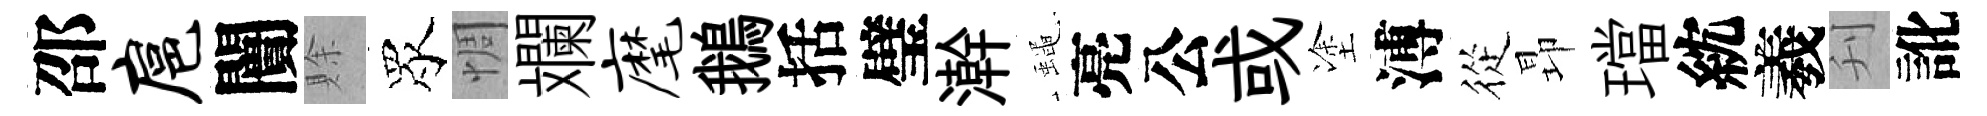
邵扈闠賖眾惆斕麾鵝括璧澣蠅亮公或塗溥從昻璫紞羲刋訛